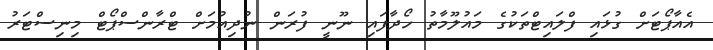
އެއާޕޯޓަށް ގުޅައި ފްލައިޓްތަކުގެ މައުލޫމާތު ހޯދާފައި ނޫނީ ފުރަން ނުދިއުމަށް ޓްރާންސްޕޯޓް މިނިސްޓަރު